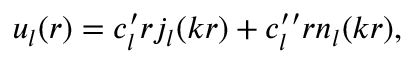
u _ { l } ( r ) = c _ { l } ^ { \prime } r j _ { l } ( k r ) + c _ { l } ^ { \prime \prime } r n _ { l } ( k r ) ,